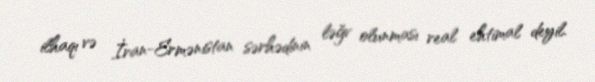
ilhaqı və İran-Ermənistan sərhədinin ləğv olunması real ehtimal deyil.